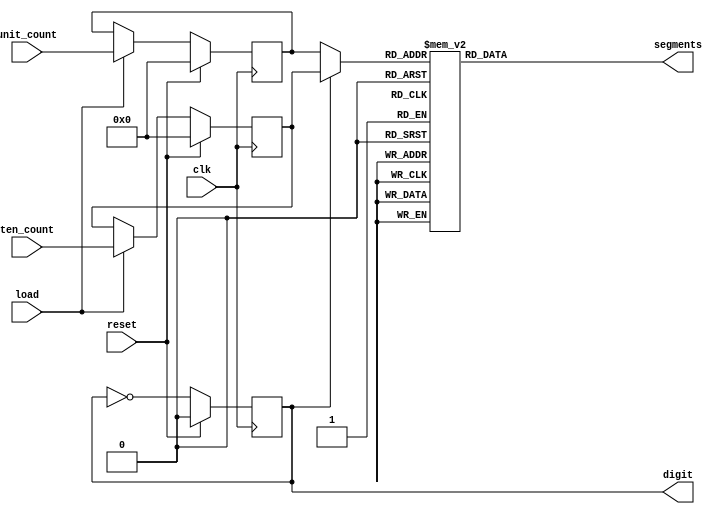
`default_nettype none
`timescale 1ns/1ps
module seven_segment (
    input wire          clk,
    input wire          reset,
    input wire          load,
    input wire [3:0]    ten_count,
    input wire [3:0]    unit_count,
    output reg [6:0]    segments,
    output reg          digit
);

    reg [3:0] ten_count_reg;
    reg [3:0] unit_count_reg;
    wire [3:0] decode;

    always @(posedge clk) begin

        if(reset) begin

            digit <= 0;
            ten_count_reg <= 0;
            unit_count_reg <= 0;

        end else begin

            if(load) begin
                ten_count_reg   <= ten_count;
                unit_count_reg  <= unit_count;
            end

            digit <= ! digit;
        end
    end

    assign decode = digit ? ten_count_reg : unit_count_reg;

    always @(*) begin
        case(decode)
            //                7654321
            0:  segments = 7'b0111111;
            1:  segments = 7'b0000110;
            2:  segments = 7'b1011011;
            3:  segments = 7'b1001111;
            4:  segments = 7'b1100110;
            5:  segments = 7'b1101101;
            6:  segments = 7'b1111100;
            7:  segments = 7'b0000111;
            8:  segments = 7'b1111111;
            9:  segments = 7'b1100111;
            default:
                segments = 7'b0000000;
        endcase
    end

endmodule